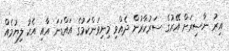
އިރު ނާސިރަށް އޭރުގެ ސަރުކާރުން ދެއްވި މިނިވަންކަމުގެ އައްޑަނަ އާއި އެކު ލިޔުމެއް